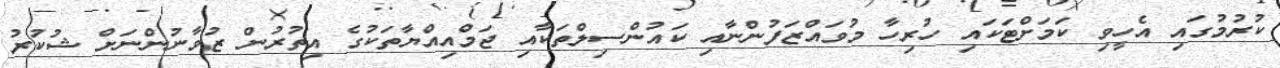
ކުރުމުގައި އެހީވި ކަމަށްޓަކައި ހުރިހާ މުވައްޒަފުންނާއި ކައުންސިލްތަކާއި ޖަމްއިއްޔާތަކުގެ އިތުރުން ޒުވާނުންނަށް ޝުކުރު